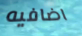
اضافيه